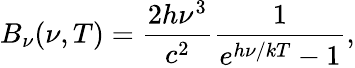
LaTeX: B_{\nu}(\nu,T)={\frac{2h\nu^{3}}{c^{2}}}{\frac{1}{e^{h\nu/kT}-1}},